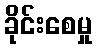
ခိုင်းစေမှု